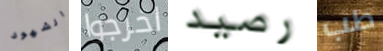
الشهود اخرجوا رصيد طب